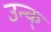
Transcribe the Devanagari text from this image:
उन्क्